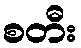
စတီး